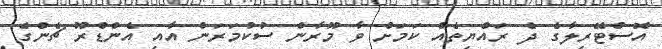
އޮސްޓޭރިލާގެ ދެ ރައްޔިތެއް ކަމަށް ވާ މޫރާން ސުކުމަރަން އާއި އެންޑްރޫ ޗެންގެ